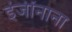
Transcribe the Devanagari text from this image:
इंजींनाना